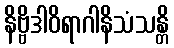
နိဗ္ဗိဒါဝိရာဂါနိသံသန္တိ